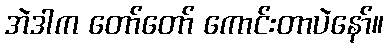
အဲဒါက တော်တော် ကောင်းတာပဲနော်။